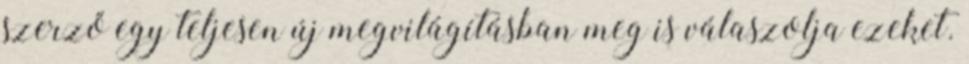
szerző egy teljesen új megvilágításban meg is válaszolja ezeket.